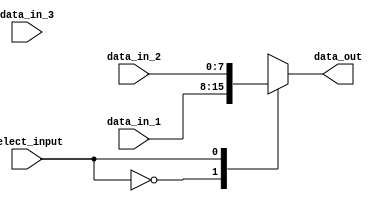
module mux_demux_buffer (
  input wire [7:0] data_in_1,
  input wire [7:0] data_in_2,
  input wire [7:0] data_in_3,
  input wire select_input,
  output reg [7:0] data_out
);

always @(*)
begin
  case(select_input)
    3'b000: data_out <= data_in_1; //select data_in_1
    3'b001: data_out <= data_in_2; //select data_in_2
    3'b010: data_out <= data_in_3; //select data_in_3
    default: data_out <= 8'b00000000; //default output if invalid select_input
  endcase
end

endmodule